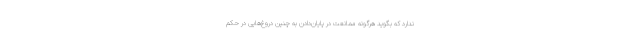
ندارد که بگوید هرگونه ممانعت در پایان‌دادن به چنین دروغ‌هایی در حکمِ